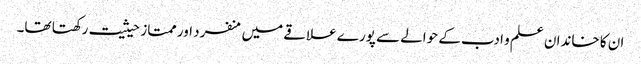
ان کا خاندان علم و ادب کے حوالے سے پورے علاقے میں منفرد اور ممتاز حیثیت رکھتا تھا۔